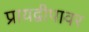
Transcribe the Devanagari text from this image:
प्रायद्वीपावर